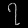
Digit: ၇